Indian journal of veterinary science and animal husbandry - Volumes 18-21, 1948-1951
Year: 1948
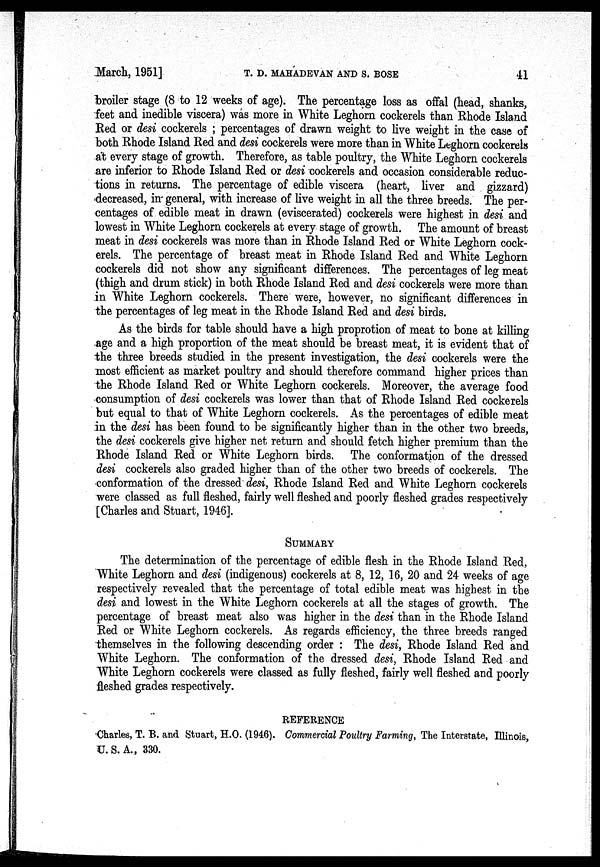
March, 1951]
T.
D.
MAHADEVAN
AND
S.
BOSE
41
broiler stage (8 to 12 weeks of age). The percentage loss as offal (head, shanks,
feet and inedible viscera) was more in White Leghorn cockerels than Rhode Island
Red or desi cockerels ; percentages of drawn weight to live weight in the case of
both Rhode Island Red and desi cockerels were more than in White Leghorn cockerels
at every stage of growth. Therefore, as table poultry, the White Leghorn cockerels
are inferior to Rhode Island Red or desi cockerels and occasion considerable reduc-
tions in returns. The percentage of edible viscera (heart, liver and gizzard)
decreased, in general, with increase of live weight in all the three breeds. The per-
centages of edible meat in drawn (eviscerated) cockerels were highest in desi and
lowest in White Leghorn cockerels at every stage of growth. The amount of breast
meat in desi cockerels was more than in Rhode Island Red or White Leghorn cock-
erels. The percentage of breast meat in Rhode Island Red and White Leghorn
cockerels did not show any significant differences. The percentages of leg meat
(thigh and drum stick) in both Rhode Island Red and desi cockerels were more than
in White Leghorn cockerels. There were, however, no significant differences in
the percentages of leg meat in the Rhode Island Red and desi birds.
As the birds for table should have a high proprotion of meat to bone at killing
age and a high proportion of the meat should be breast meat, it is evident that of
the three breeds studied in the present investigation, the desi cockerels were the
most efficient as market poultry and should therefore command higher prices than
the Rhode Island Red or White Leghorn cockerels. Moreover, the average food
consumption of desi cockerels was lower than that of Rhode Island Red cockerels
but equal to that of White Leghorn cockerels. As the percentages of edible meat
in the desi has been found to be significantly higher than in the other two breeds,
the desi cockerels give higher net return and should fetch higher premium than the
Rhode Island Red or White Leghorn birds. The conformation of the dressed
desi cockerels also graded higher than of the other two breeds of cockerels. The
conformation of the dressed desi, Rhode Island Red and White Leghorn cockerels
were classed as full fleshed, fairly well fleshed and poorly fleshed grades respectively
[Charles and Stuart, 1946].
SUMMARY
The determination of the percentage of edible flesh in the Rhode Island Red,
White Leghorn and desi (indigenous) cockerels at 8, 12, 16, 20 and 24 weeks of age
respectively revealed that the percentage of total edible meat was highest in the
desi and lowest in the White Leghorn cockerels at all the stages of growth. The
percentage of breast meat also was higher in the desi than in the Rhode Island
Red or White Leghorn cockerels. As regards efficiency, the three breeds ranged
themselves in the following descending order : The desi, Rhode Island Red and
White Leghorn. The conformation of the dressed desi, Rhode Island Red and
White Leghorn cockerels were classed as fully fleshed, fairly well fleshed and poorly
fleshed grades respectively.
REFERENCE
Charles, T. B. and Stuart, H.O. (1946). Commercial Poultry Farming, The Interstate, Illinois,
U. S. A., 330.